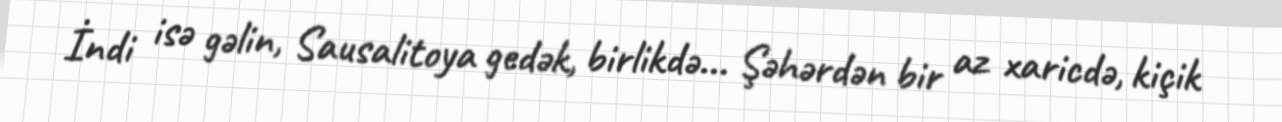
İndi isə gəlin, Sausalitoya gedək, birlikdə... Şəhərdən bir az xaricdə, kiçik